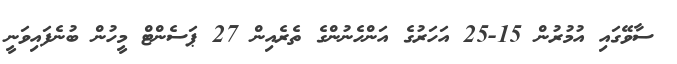
ސާވޭގައި އުމުރުން 15-25 އަހަރުގެ އަންހެނުންގެ ތެރެއިން 27 ޕަސެންޓް މީހުން ބުނެފައިވަނީ